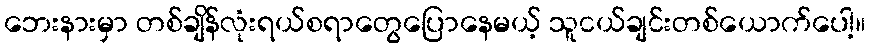
ဘေးနားမှာ တစ်ချိန်လုံးရယ်စရာတွေပြောနေမယ့် သူငယ်ချင်းတစ်ယောက်ပေါ့။